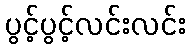
ပွင့်ပွင့်လင်းလင်း